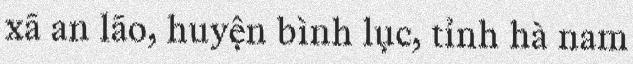
xã an lão, huyện bình lục, tỉnh hà nam